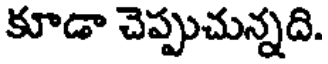
కూడా చెప్పుచున్నది.